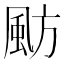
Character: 𩖫